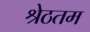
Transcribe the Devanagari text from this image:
श्रेठतम